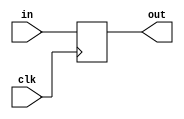
module DFF(clk,in,out);
	parameter n=1;//width
	input clk;
	input [n-1:0] in;
	output [n-1:0] out;
	reg [n-1:0] out;

	always @(posedge clk)
	out = in;
endmodule